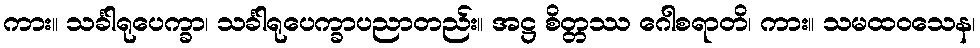
ကား။ သင်္ခါရုပေက္ခာ၊ သင်္ခါရုပေက္ခာပညာတည်း။ အဋ္ဌ စိတ္တဿ ဂေါစရာတိ၊ ကား။ သမထဝသေန၊